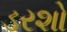
ડરશો